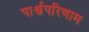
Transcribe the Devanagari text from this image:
पार्श्वपरिणाम